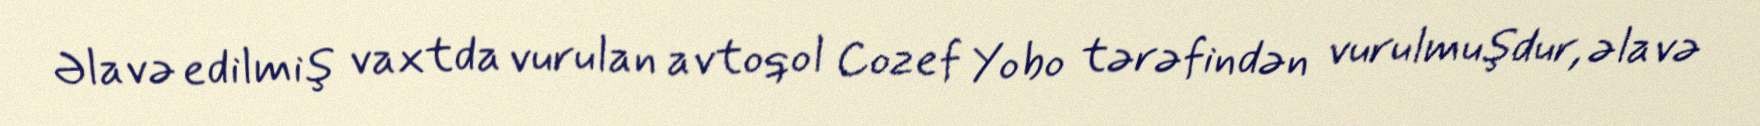
Əlavə edilmiş vaxtda vurulan avtoqol Cozef Yobo tərəfindən vurulmuşdur, əlavə